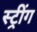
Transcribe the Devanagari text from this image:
स्ट्रींग